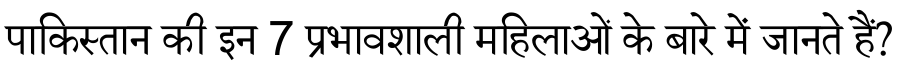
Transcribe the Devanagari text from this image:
पाकिस्तान की इन 7 प्रभावशाली महिलाओं के बारे में जानते हैं?